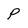
Character: P